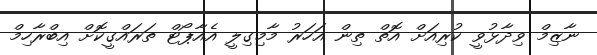
ނާޒިމް ވިދާޅުވީ ކުރިއަށް އޮތް ތިން އަހަރު މާމިގިލީ އެއާޕޯޓް ތަރައްގީކޮށް އިބްރާހިމް